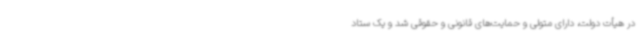
در هیأت دولت، دارای متولی و حمایت‌های قانونی و حقوقی شد و یک ستاد